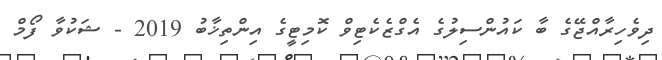
ދިވެހިރާއްޖޭގެ ބާ ކައުންސިލުގެ އެގްޒެކެޓިވް ކޮމިޓީގެ އިންތިޚާބު 2019 - ޝަކުވާ ފޯމް